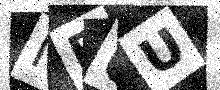
Text: NRUU